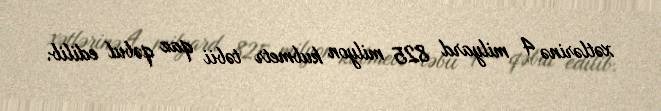
xətlərinə 4 milyard 825 milyon kubmetr təbii qaz qəbul edilib.